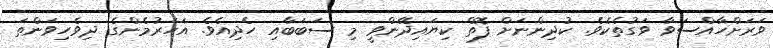
ވަރަށްހާއްސަވާ ވަގުތެކެވެ. ކުދިންނަށް ފޮތް ކިޔައިދޭންވީ މި ސަބަބާއި ހެދިއެވެ. އަހަރުމެންގެ ދިވެހިވަންތަ